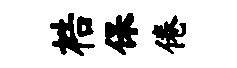
梏保倦